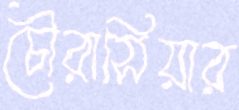
চৌরাসিয়ার